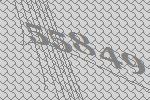
55849